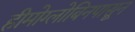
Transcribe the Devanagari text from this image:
हीमोग्लोबिनपासून